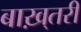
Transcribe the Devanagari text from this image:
बाख़्तरी